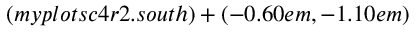
( m y p l o t s c 4 r 2 . s o u t h ) + ( - 0 . 6 0 e m , - 1 . 1 0 e m )